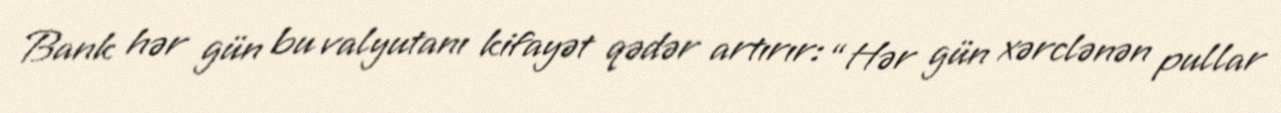
Bank hər gün bu valyutanı kifayət qədər artırır: “Hər gün xərclənən pullar